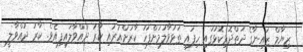
ޒިޔާމް ޒައިނާގެ ދަތްދޮޅިކޮޅުގައި ހިފައި ތަޅުވާލުމަށްފަހު ކާރަށްއަރައި ކާރު ދުއްވާލައިފިއެވެ. ކާރު ދުއްވާލީ